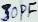
Text: 30PF